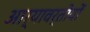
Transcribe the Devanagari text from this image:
आर्यावर्तीयों